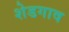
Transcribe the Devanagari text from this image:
शेडगाव